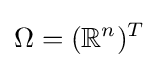
\Omega =(\mathbb {R} ^{n})^{T}